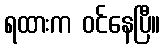
ရထားက ဝင်နေပြီ။